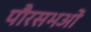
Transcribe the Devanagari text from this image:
पौरसभओं